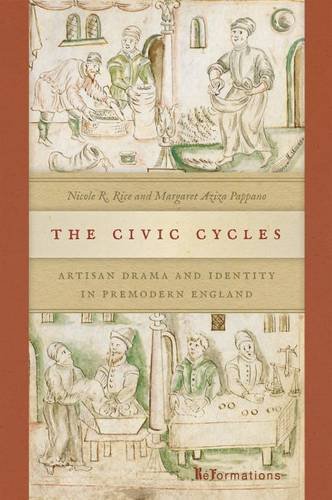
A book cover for The Civic Cycles: Artisan Drama and Identity in Premodern England (ND ReFormations: Medieval & Early Modern); Nicole R. Rice; Literature & Fiction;